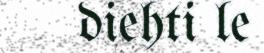
diehti le